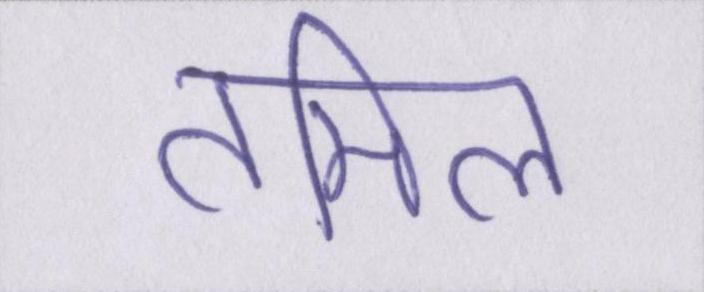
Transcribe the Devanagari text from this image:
तमिल